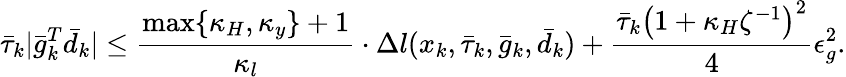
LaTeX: \bar{\tau}_{k}|\bar{g}_{k}^{T}\bar{d}_{k}|\leq\frac{\operatorname*{max}\{ \kappa_{H},\kappa_{y}\} +1}{\kappa_{l}}\cdot\Delta l(x_{k},\bar{\tau}_{k},\bar{g}_{k},\bar{d}_{k})+\frac{\bar{\tau}_{k}\left(1+\kappa_{H}\zeta^{-1}\right)^{2}}{4}\epsilon_{g}^{2}.